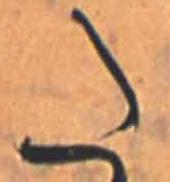
た